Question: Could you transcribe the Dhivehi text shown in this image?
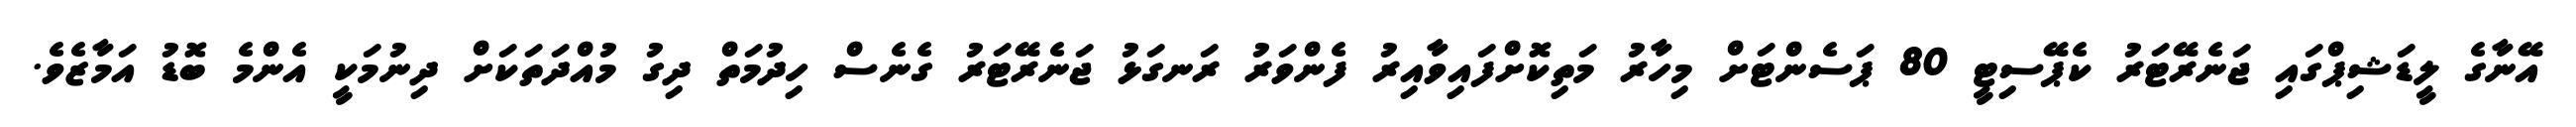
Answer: އޭނާގެ ލީޑަޝިޕްގައި ޖަނެރޭޓަރު ކެޕޭސިޓީ 80 ޕަސެންޓަށް މިހާރު މަތިކޮށްފައިވާއިރު ފެންވަރު ރަނގަޅު ޖަނެރޭޓަރު ގެނެސް ހިދުމަތް ދިގު މުއްދަތަކަށް ދިނުމަކީ އެންމެ ބޮޑު އަމާޒެވެ.